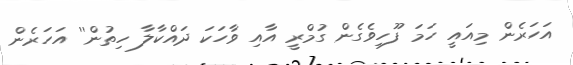
އަހަރެން މިއައީ ހަމަ ފޫހިވެގެން ގުމްރީ އާއި ވާހަކަ ދައްކާލާ ހިތުން'' އަހަރެން